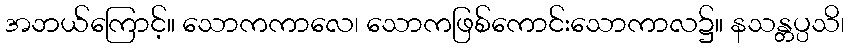
အဘယ်ကြောင့်။ သောကကာလေ၊ သောကဖြစ်ကောင်းသောကာလ၌။ နသန္တပ္ပသိ၊